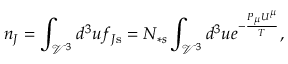
n _ { J } = \int _ { \mathcal { V } ^ { 3 } } d ^ { 3 } u f _ { J \mathrm { s } } = N _ { \ast s } \int _ { \mathcal { V } ^ { 3 } } d ^ { 3 } u e ^ { - \frac { P _ { \mu } U ^ { \mu } } { T } } ,